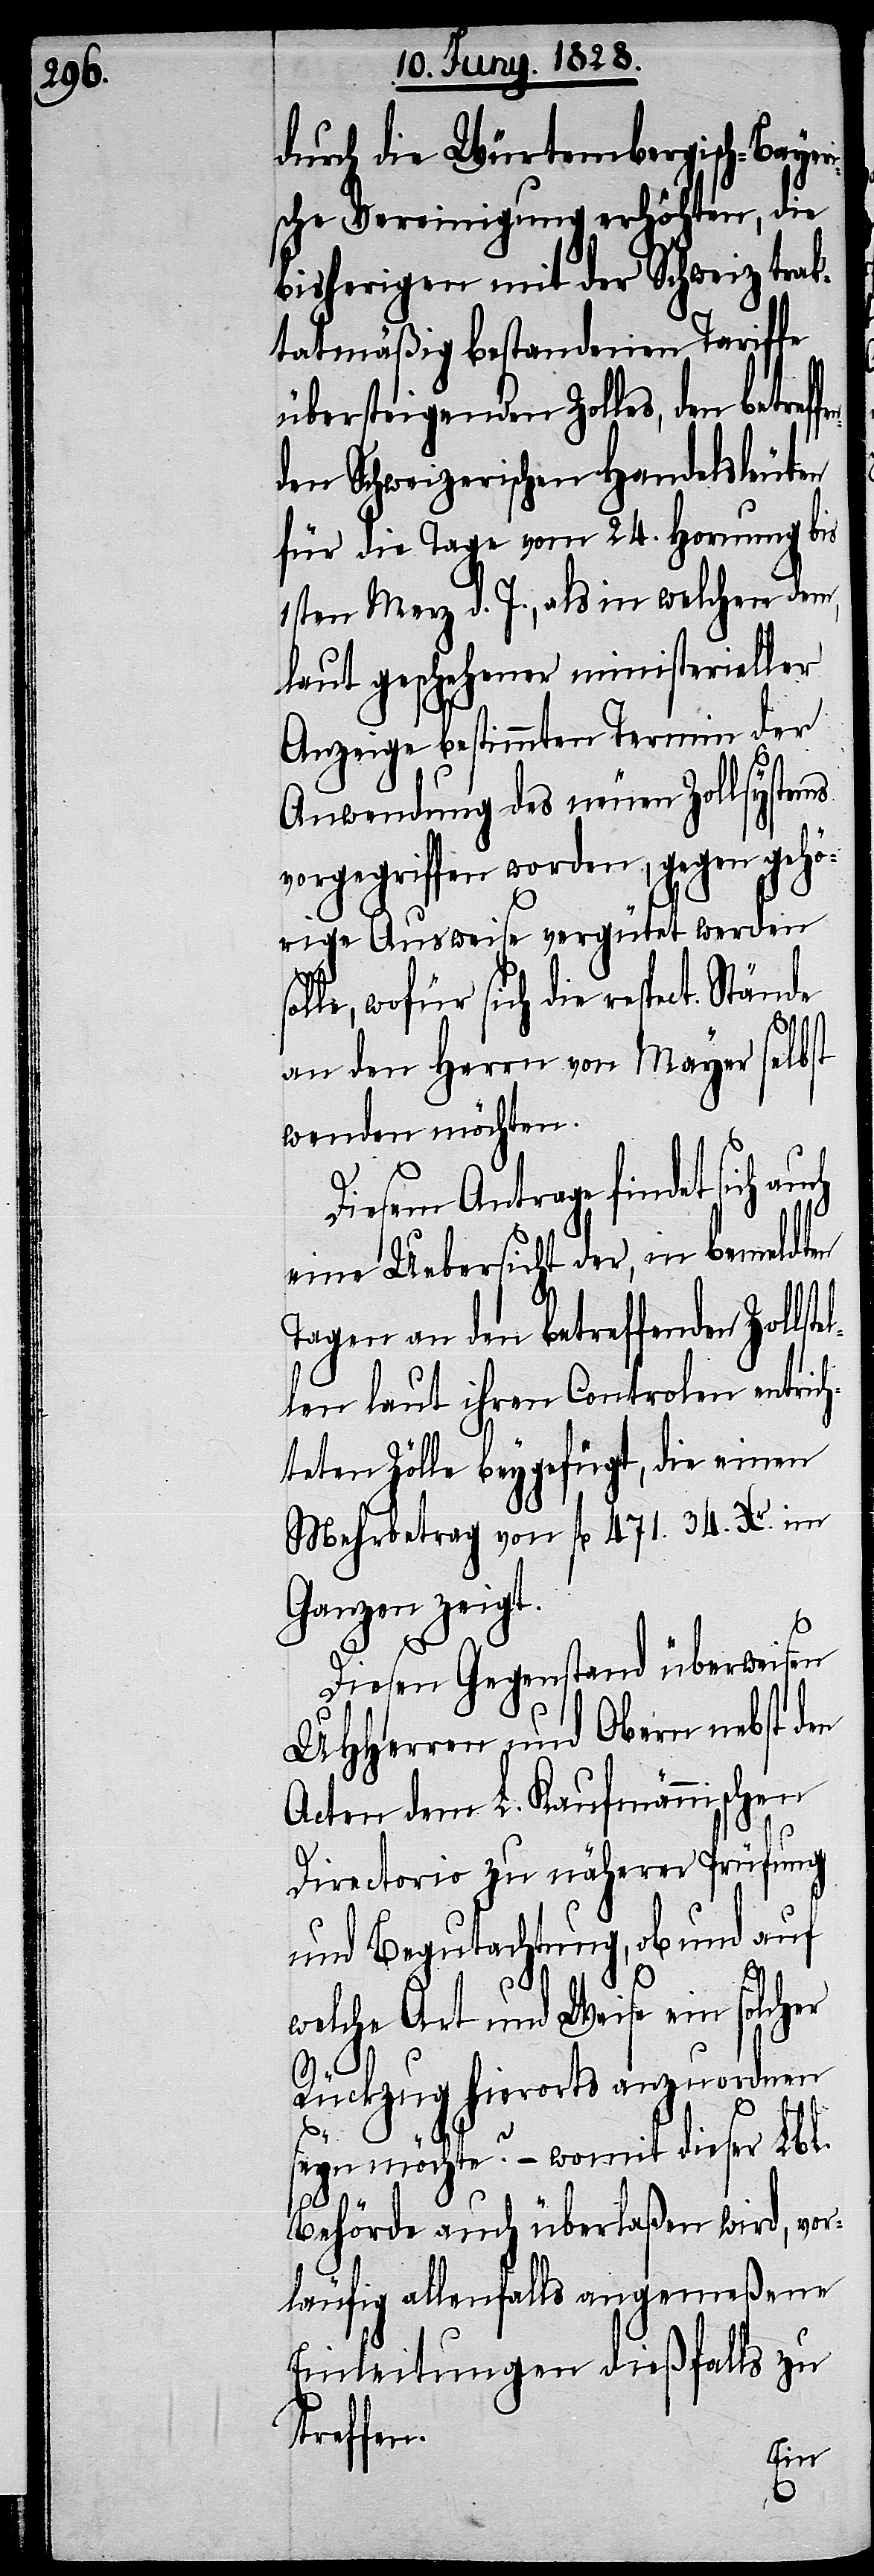
durch die Würtembergisch-Bayeri¬
sche Vereinigung erhöhten, die
bisherigen mit der Schweiz trak¬
tatmäßig bestandenen Tariffe
übersteigenden Zolles, den be¬
den Schweizerischen Handelsleuten
für die Tage vom 24. Hornung bis
1sten Merz d. J., als in welchen dem,
laut geschehener ministerieller
Anzeige bestimmten Termin der
Anwendung des neuen Zollsystems
vorgegriffen worden, gegen gehö¬
rige Ausweise vergütet werden
le, wofür sich die respect.
an den Herrn von Mayer selbst
wenden möchten.
Diesem Antrage findet sich au¬
eine Uebersicht der, in bemeldten
Tagen an den betreffenden Zollste¬
len laut ihren Controlen einrich¬
teten Zölle beygefügt, die einen
Mehrbetrag von fl. 471. 34. Xr. im
Ganzen zeigt.
l¬
Diesen Gegenstand überweisen
UHerren und Obern nebst den
Acten dem L. Kaufmännischen
Directorio zu näherer Prüfung
und Begutachtung, ob und auf
sol¬
welche Art und Weise ein solcher
Rückzug hierorts anzuordnen
seyn möchte? – womit dieser Lbl.
Behörde auch überlaßen wird, vor¬
läufig allenfalls angemeßene
Einleitungen dießfalls zu
treffen.